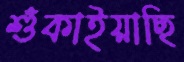
শুঁকাইয়াছি